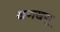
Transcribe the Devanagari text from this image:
खणखणू